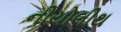
નીયોલીથ